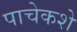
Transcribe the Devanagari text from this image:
पाचेकशे